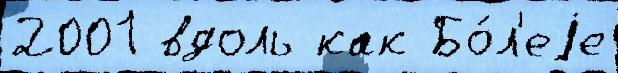
2001 вдоль как Бо́л'еjе